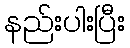
နည်းပါးပြီး